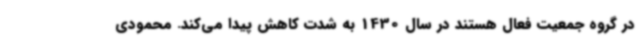
در گروه جمعیت فعال هستند در سال 1430 به شدت کاهش پیدا می‌کند. محمودی